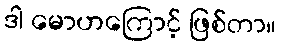
ဒါ မောဟကြောင့် ဖြစ်တာ။